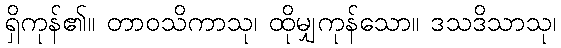
ရှိကုန်၏။ တာဝသိကာသု၊ ထိုမျှကုန်သော။ ဒသဒိသာသု၊